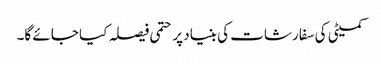
کمیٹی کی سفارشات کی بنیاد پر حتمی فیصلہ کیا جائے گا۔